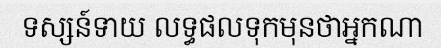
ទស្សន៍ទាយ លទ្ធផលទុកមុនថាអ្នកណា